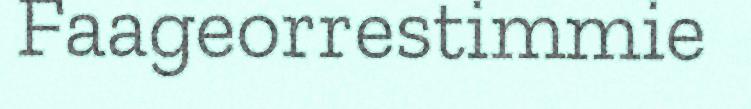
Faageorrestimmie